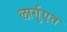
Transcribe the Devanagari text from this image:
लार्गुएत